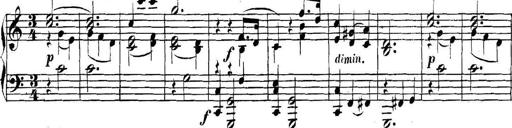
Title: Collected Piano Sonatas
Composer: Muzio Clementi